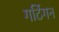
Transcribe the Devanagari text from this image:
गर्टिगन